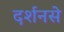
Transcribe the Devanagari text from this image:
दर्शनसे